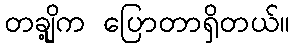
တချို့က ပြောတာရှိတယ်။